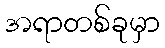
အရာတစ်ခုမှာ